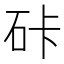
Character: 𰦯